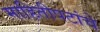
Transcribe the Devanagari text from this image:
माहितीपटांचे